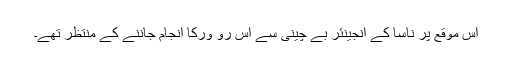
اس موقع پر ناسا کے انجینئر بے چینی سے اس رو ورکا انجام جاننے کے منتظر تھے۔